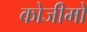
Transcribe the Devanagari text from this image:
कोजीमो